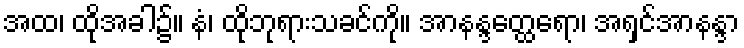
အထ၊ ထိုအခါ၌။ နံ၊ ထိုဘုရားသခင်ကို။ အာနန္ဒတ္ထေရော၊ အရှင်အာနန္ဒာ